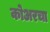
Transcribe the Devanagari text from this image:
कोअरचा